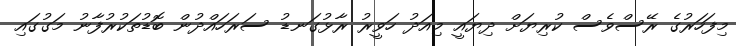
މިފަހަރުގެ ރޭސްވެސް ކުރިޔަށް ދިޔައީ މިއަދު ހަވީރު ރާޅުގަނޑު ސަރަހައްދުން ބޮޑުތަކުރުފާނު މަގުގައި